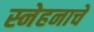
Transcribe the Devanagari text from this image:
स्नेहनाचे